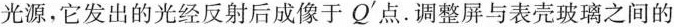
光源,它发出的光经反射后成像于Q^{'}点.调整屏与表壳玻璃之间的